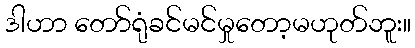
ဒါဟာ တော်ရုံခင်မင်မှုတော့မဟုတ်ဘူး။